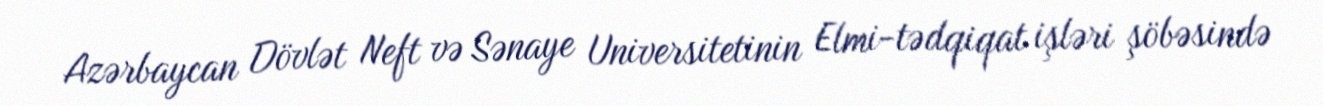
Azərbaycan Dövlət Neft və Sənaye Universitetinin Elmi-tədqiqat işləri şöbəsində